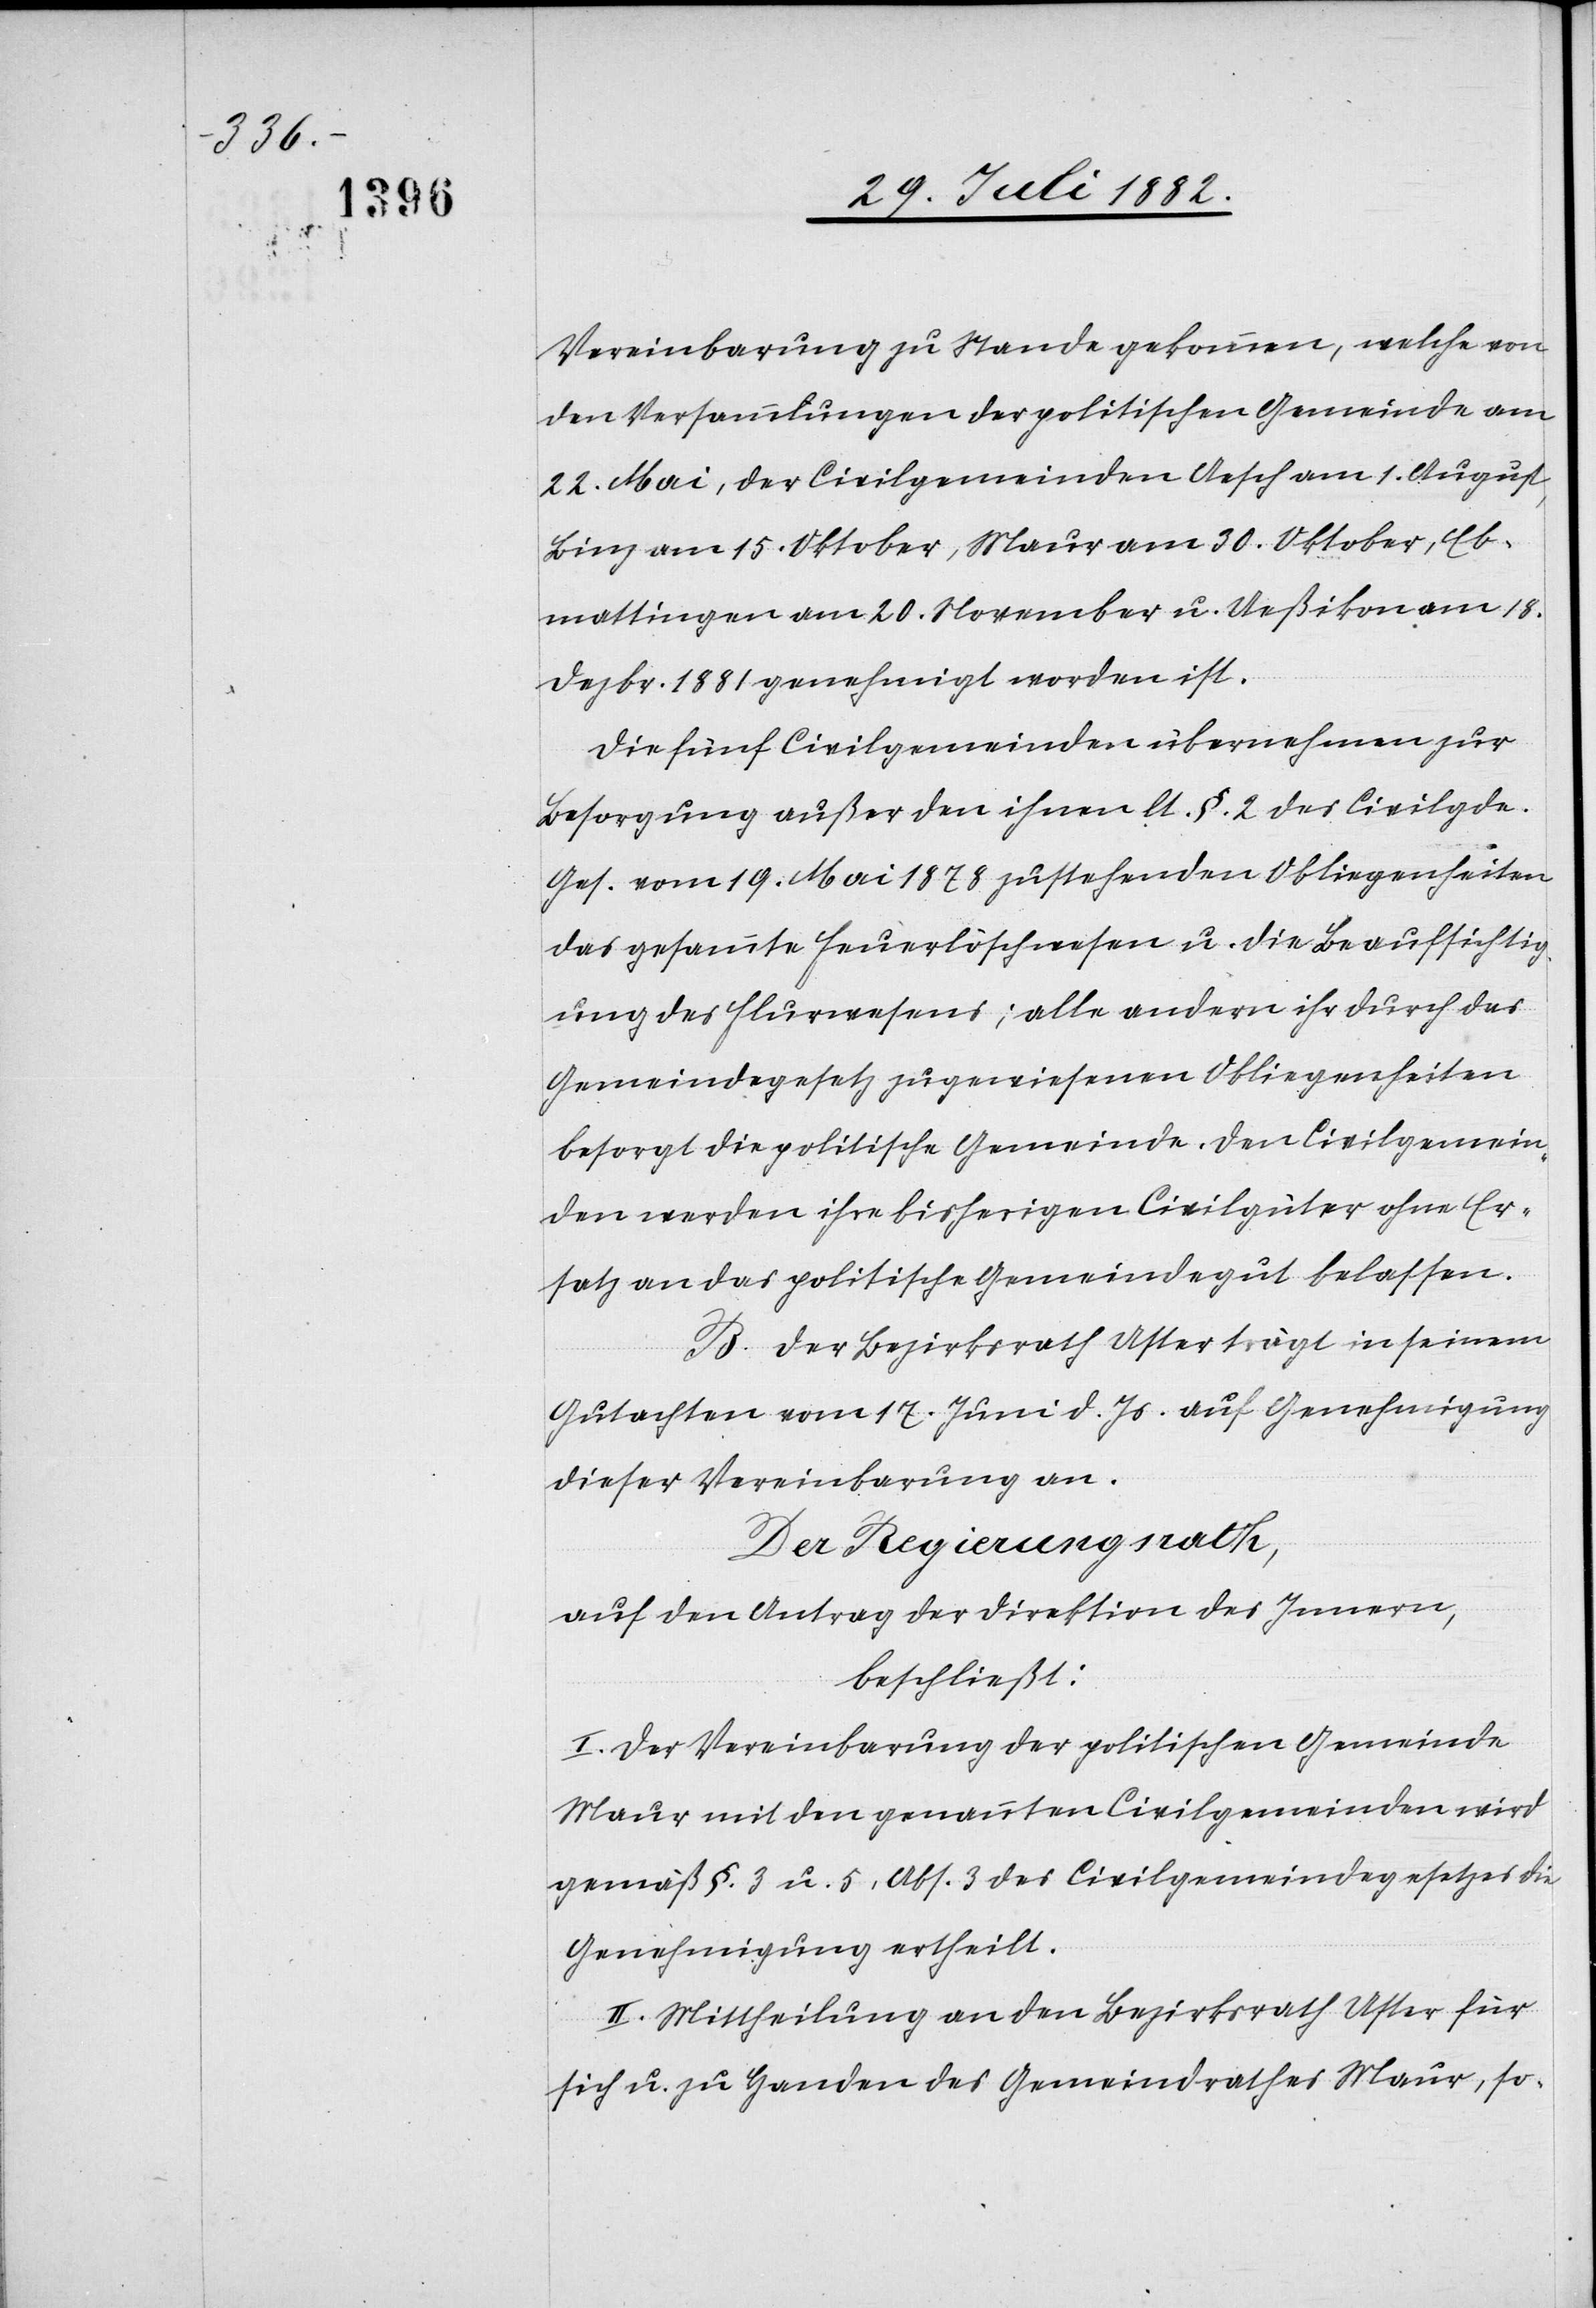
Vereinbarung zu Stande gekommen, welche von
den Versammlungen der politischen Gemeinde am
22. Mai, der Civilgemeinden Aesch am 1. August,
Binz am 15. Oktober, Maur am 30. Oktober, Eb¬
mattingen [sic!] am 20. November u. Ueßikon am 18.
Dezbr. 1881 genehmigt worden ist.
Die fünf Civilgemeinden übernehmen zur
Besorgung außer den ihnen lt. §. 2 des Civilgde.
Ges. vom 19. Mai 1878 zustehenden Obliegenheiten
das gesammte Feuerlöschwesen u. die Beaufsichtig¬
ung des Flurwesens; alle andern ihr durch das
Gemeindegesetzt zugewiesenen Obliegenheiten
besorgt die politische Gemeinde. Den Civilgemein¬
den werden ihre bisherigen Civilgüter ohne Er¬
satz an das politische Gemeindegut belassen.
B. Der Bezirksrath Uster trägt in seinem
Gutachten vom 17. Juni d. Js. auf Genehmigung
dieser Vereinbarung an.
Der Regierungsrath,
auf den Antrag der Direktion des Innern,
beschließt:
I. Der Vereinbarung der politischen Gemeinde
Maur mit den genannten Civilgemeinden wird
gemäß §. 3 u. 5., Abs. 3 des Civilgemeindegesetzes die
Genehmigung ertheilt.
II. Mittheilung an den Bezirksrath Uster für
sich u. zu Handen des Gemeindrathes Maur, so-